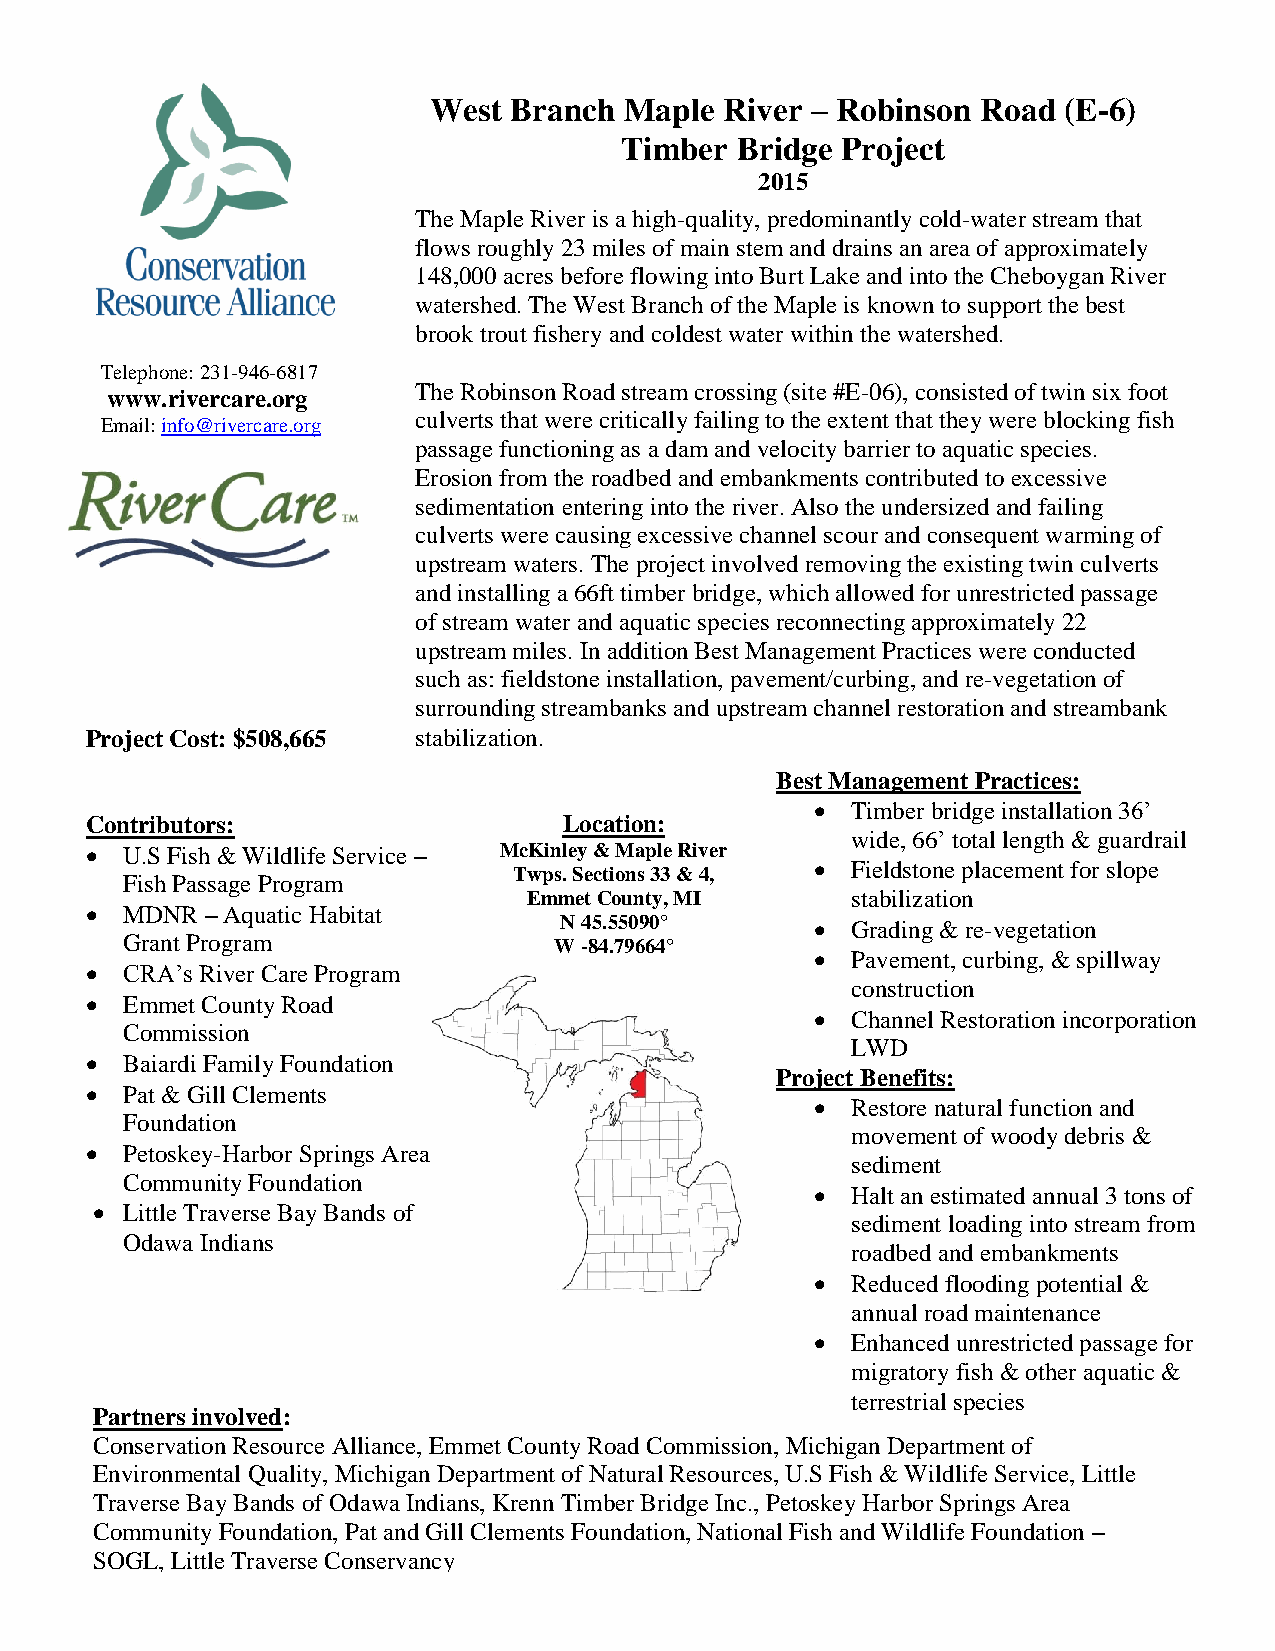
West  Branch Maple  River – Robinson Road (E-6)
 Timber  Bridge Project
 2015
 The Maple River is a high-quality, predominantly cold-water stream that
 flows roughly 23 miles of main stem and drains an area of approximately
 148,000 acres before flowing into Burt Lake and into the Cheboygan River
 watershed. The West Branch of the Maple is known to support the best
 brook trout fishery and coldest water within the watershed.
 Telephone: 231-946-6817
 The Robinson Road stream crossing (site #E-06), consisted of twin six foot
 www.rivercare.org
 culverts that were critically failing to the extent that they were blocking fish
 Email: info@rivercare.org
 passage functioning as a dam and velocity barrier to aquatic species.
 Erosion from the roadbed and embankments contributed to excessive
 sedimentation entering into the river. Also the undersized and failing
 culverts were causing excessive channel scour and consequent warming of
 upstream waters. The project involved removing the existing twin culverts
 and installing a 66ft timber bridge, which allowed for unrestricted passage
 of stream water and aquatic species reconnecting approximately 22
 upstream miles. In addition Best Management Practices were conducted
 such as: fieldstone installation, pavement/curbing, and re-vegetation of
 surrounding streambanks and upstream channel restoration and streambank
 Project Cost: $508,665 stabilization.
 Best Management Practices:
  Timber bridge installation 36’
 Contributors:                  Location:
 wide, 66’ total length & guardrail
  U.S Fish & Wildlife Service – McKinley & Maple River
 Twps. Sections 33 & 4,
  Fieldstone placement for slope
 Fish Passage Program
 Emmet County, MI     stabilization
  MDNR  – Aquatic Habitat
 N 45.55090°       Grading & re-vegetation
 Grant Program                W -84.79664°
  Pavement, curbing, & spillway
  CRA’s River Care Program
 construction
  Emmet County Road
  Channel Restoration incorporation
 Commission
 LWD
  Baiardi Family Foundation
 Project Benefits:
  Pat & Gill Clements
  Restore natural function and
 Foundation
 movement of woody debris &
  Petoskey-Harbor Springs Area
 sediment
 Community Foundation
  Halt an estimated annual 3 tons of
  Little Traverse Bay Bands of
 sediment loading into stream from
 Odawa Indians
 roadbed and embankments
  Reduced flooding potential &
 annual road maintenance
  Enhanced unrestricted passage for
 migratory fish & other aquatic &
 terrestrial species
 Partners involved:
 Conservation Resource Alliance, Emmet County Road Commission, Michigan Department of
 Environmental Quality, Michigan Department of Natural Resources, U.S Fish & Wildlife Service, Little
 Traverse Bay Bands of Odawa Indians, Krenn Timber Bridge Inc., Petoskey Harbor Springs Area
 Community Foundation, Pat and Gill Clements Foundation, National Fish and Wildlife Foundation –
 SOGL, Little Traverse Conservancy